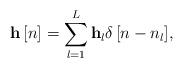
LaTeX: \begin{align*} {\bf{h}}\left[ n \right] = \sum\limits_{l = 1}^L {{\bf{h}}_l\delta \left[ {n - {n_l}} \right]}, \end{align*}